Statistical return of the lunatic asylum in Assam - 1912-1932
Year: 1912
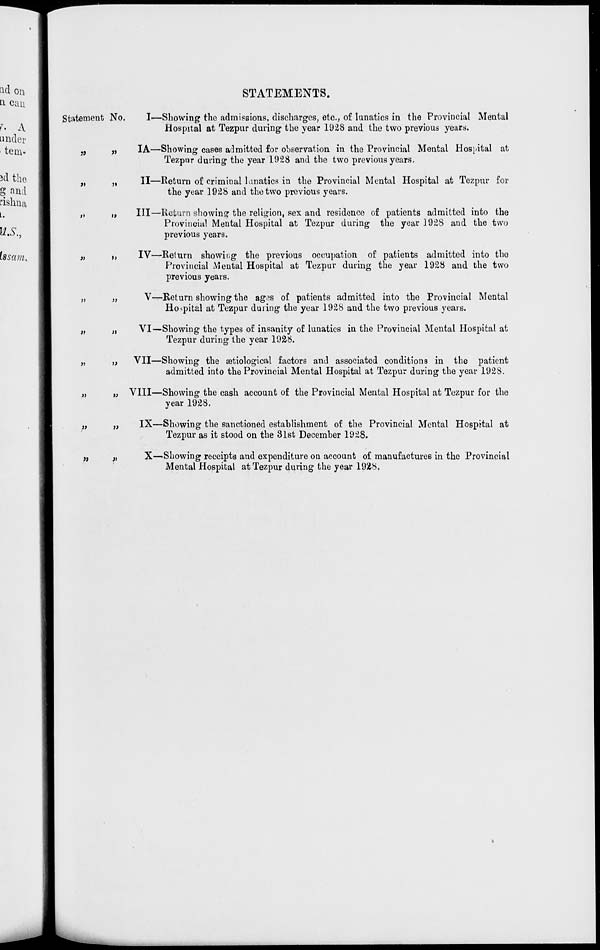
STATEMENTS.
Statement No.
»
»
>»
a
j>
»
n
J>
i>
>}
»
)»
i>
t>
))
>\
}>
I—Showing* the admissions, discharges, etc.. of lunatics in the Provincial Mental
Hospital at Tezpur during the year 1928 and the two previous years.
IA—Showing cases admitted for observation in the Provincial Mental Hospital at
Tezpur during the year 1928 and the two previous years.
II—Return of criminal lanatics in the Provincial Mental Hospital at Tezpur for
the year 1928 and the two previous years.
Ill—Return showing the religion, sex and residence of patients admitted into the
Provincial Mental Hospital at Tezpur during the year 1928 and the two
previous years.
IV—Return showing the previous occupation of patients admitted into the
Provincial Mental Hospital at Tezpur during the year 1928 and the two
previous years.
V—Return showing the ag^s of patients admitted into the Provincial Mental
Hospital at Tezpur during the year 1928 and the two previous years.
VI—Showing the types of insanity of lunatics in the Provincial Mental Hospital at
Tezpur during the year 1928.
VII—Showing the aetiological factors and associated conditions in the patient
admitted into the Provincial Mental Hospital at Tezpur during the year 1928.
„ VIII—Showing the cash account of the Provincial Mental Hospital at Tezpur for the
year 1928.
„
IX—Showing the sanctioned establishment of the Provincial Mental Hospital at
Tezpur as it stood on the 31st December 1928.
,,
X—-Showing receipts and expenditure on account of manufactures in the Provincial
Mental Hospital at Tezpur during the year 1928.